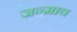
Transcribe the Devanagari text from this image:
जन्माच